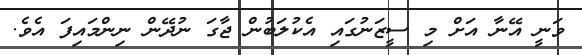
ވަނީ އޭނާ އަށް މި ސީޒަނުގައި އެކުލަބުން ޖާގަ ނުދޭން ނިންމައިފަ އެވެ.